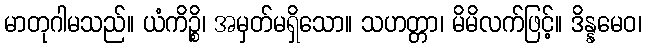
မာတုဂါမသည်။ ယံကိဉ္စိ၊ အမှတ်မရှိသော။ သဟတ္တာ၊ မိမိလက်ဖြင့်။ ဒိန္နမေဝ၊